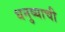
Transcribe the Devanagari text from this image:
धनुष्याची